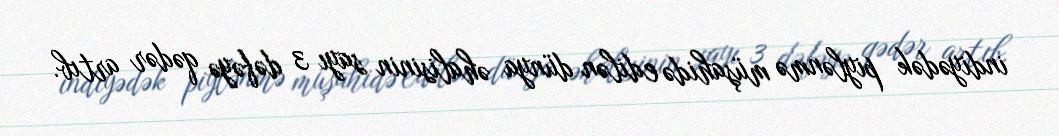
indiyədək piylənmə müşahidə edilən dünya əhalisinin sayı 3 dəfəyə qədər artıb.